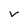
Character: V